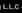
llc